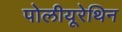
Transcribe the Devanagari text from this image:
पोलीयूरेथिन